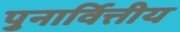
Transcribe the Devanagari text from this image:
पुनार्वित्तीय